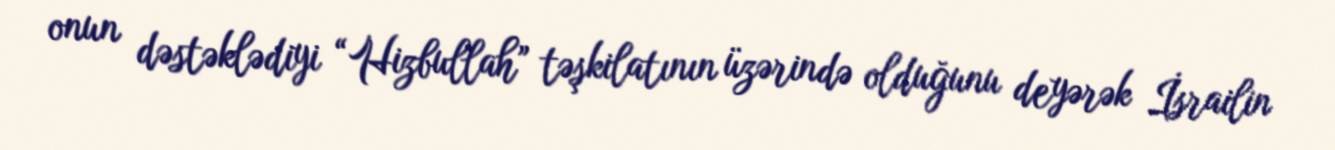
onun dəstəklədiyi “Hizbullah” təşkilatının üzərində olduğunu deyərək İsrailin